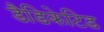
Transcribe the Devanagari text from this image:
डैडिकेटिड